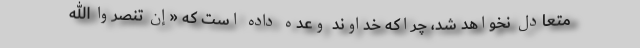
متعادل نخواهد شد، چراکه خداوند وعده داده است که «إِن تَنصُرُوا اللَّهَ